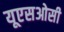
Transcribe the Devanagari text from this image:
यूएसओसी